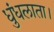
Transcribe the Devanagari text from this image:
धुंधलाता।